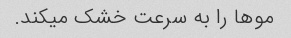
موها را به سرعت خشک میکند.